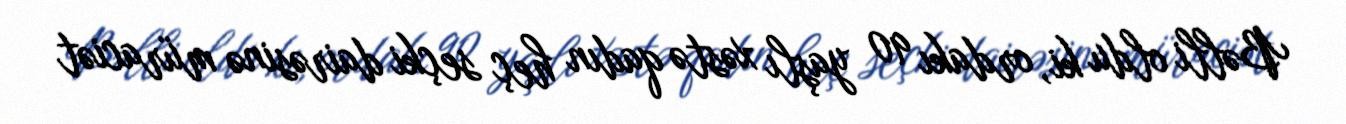
Bəlli oldu ki, ordakı 90 yaşlı xəstə qadın heç seçki dairəsinə müraciət